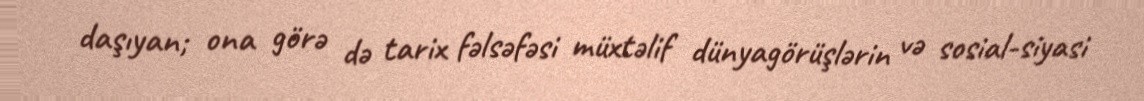
daşıyan; ona görə də tarix fəlsəfəsi müxtəlif dünyagörüşlərin və sosial-siyasi